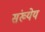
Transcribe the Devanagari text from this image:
संख्येय